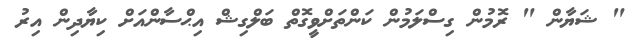
" ޝަޔާން " ރޮމުން ގިސްލަމުން ކަންތަށްވީގޮތް ބަލްގިޝް އިޙްސާންއަށް ކިޔާދިން އިރު